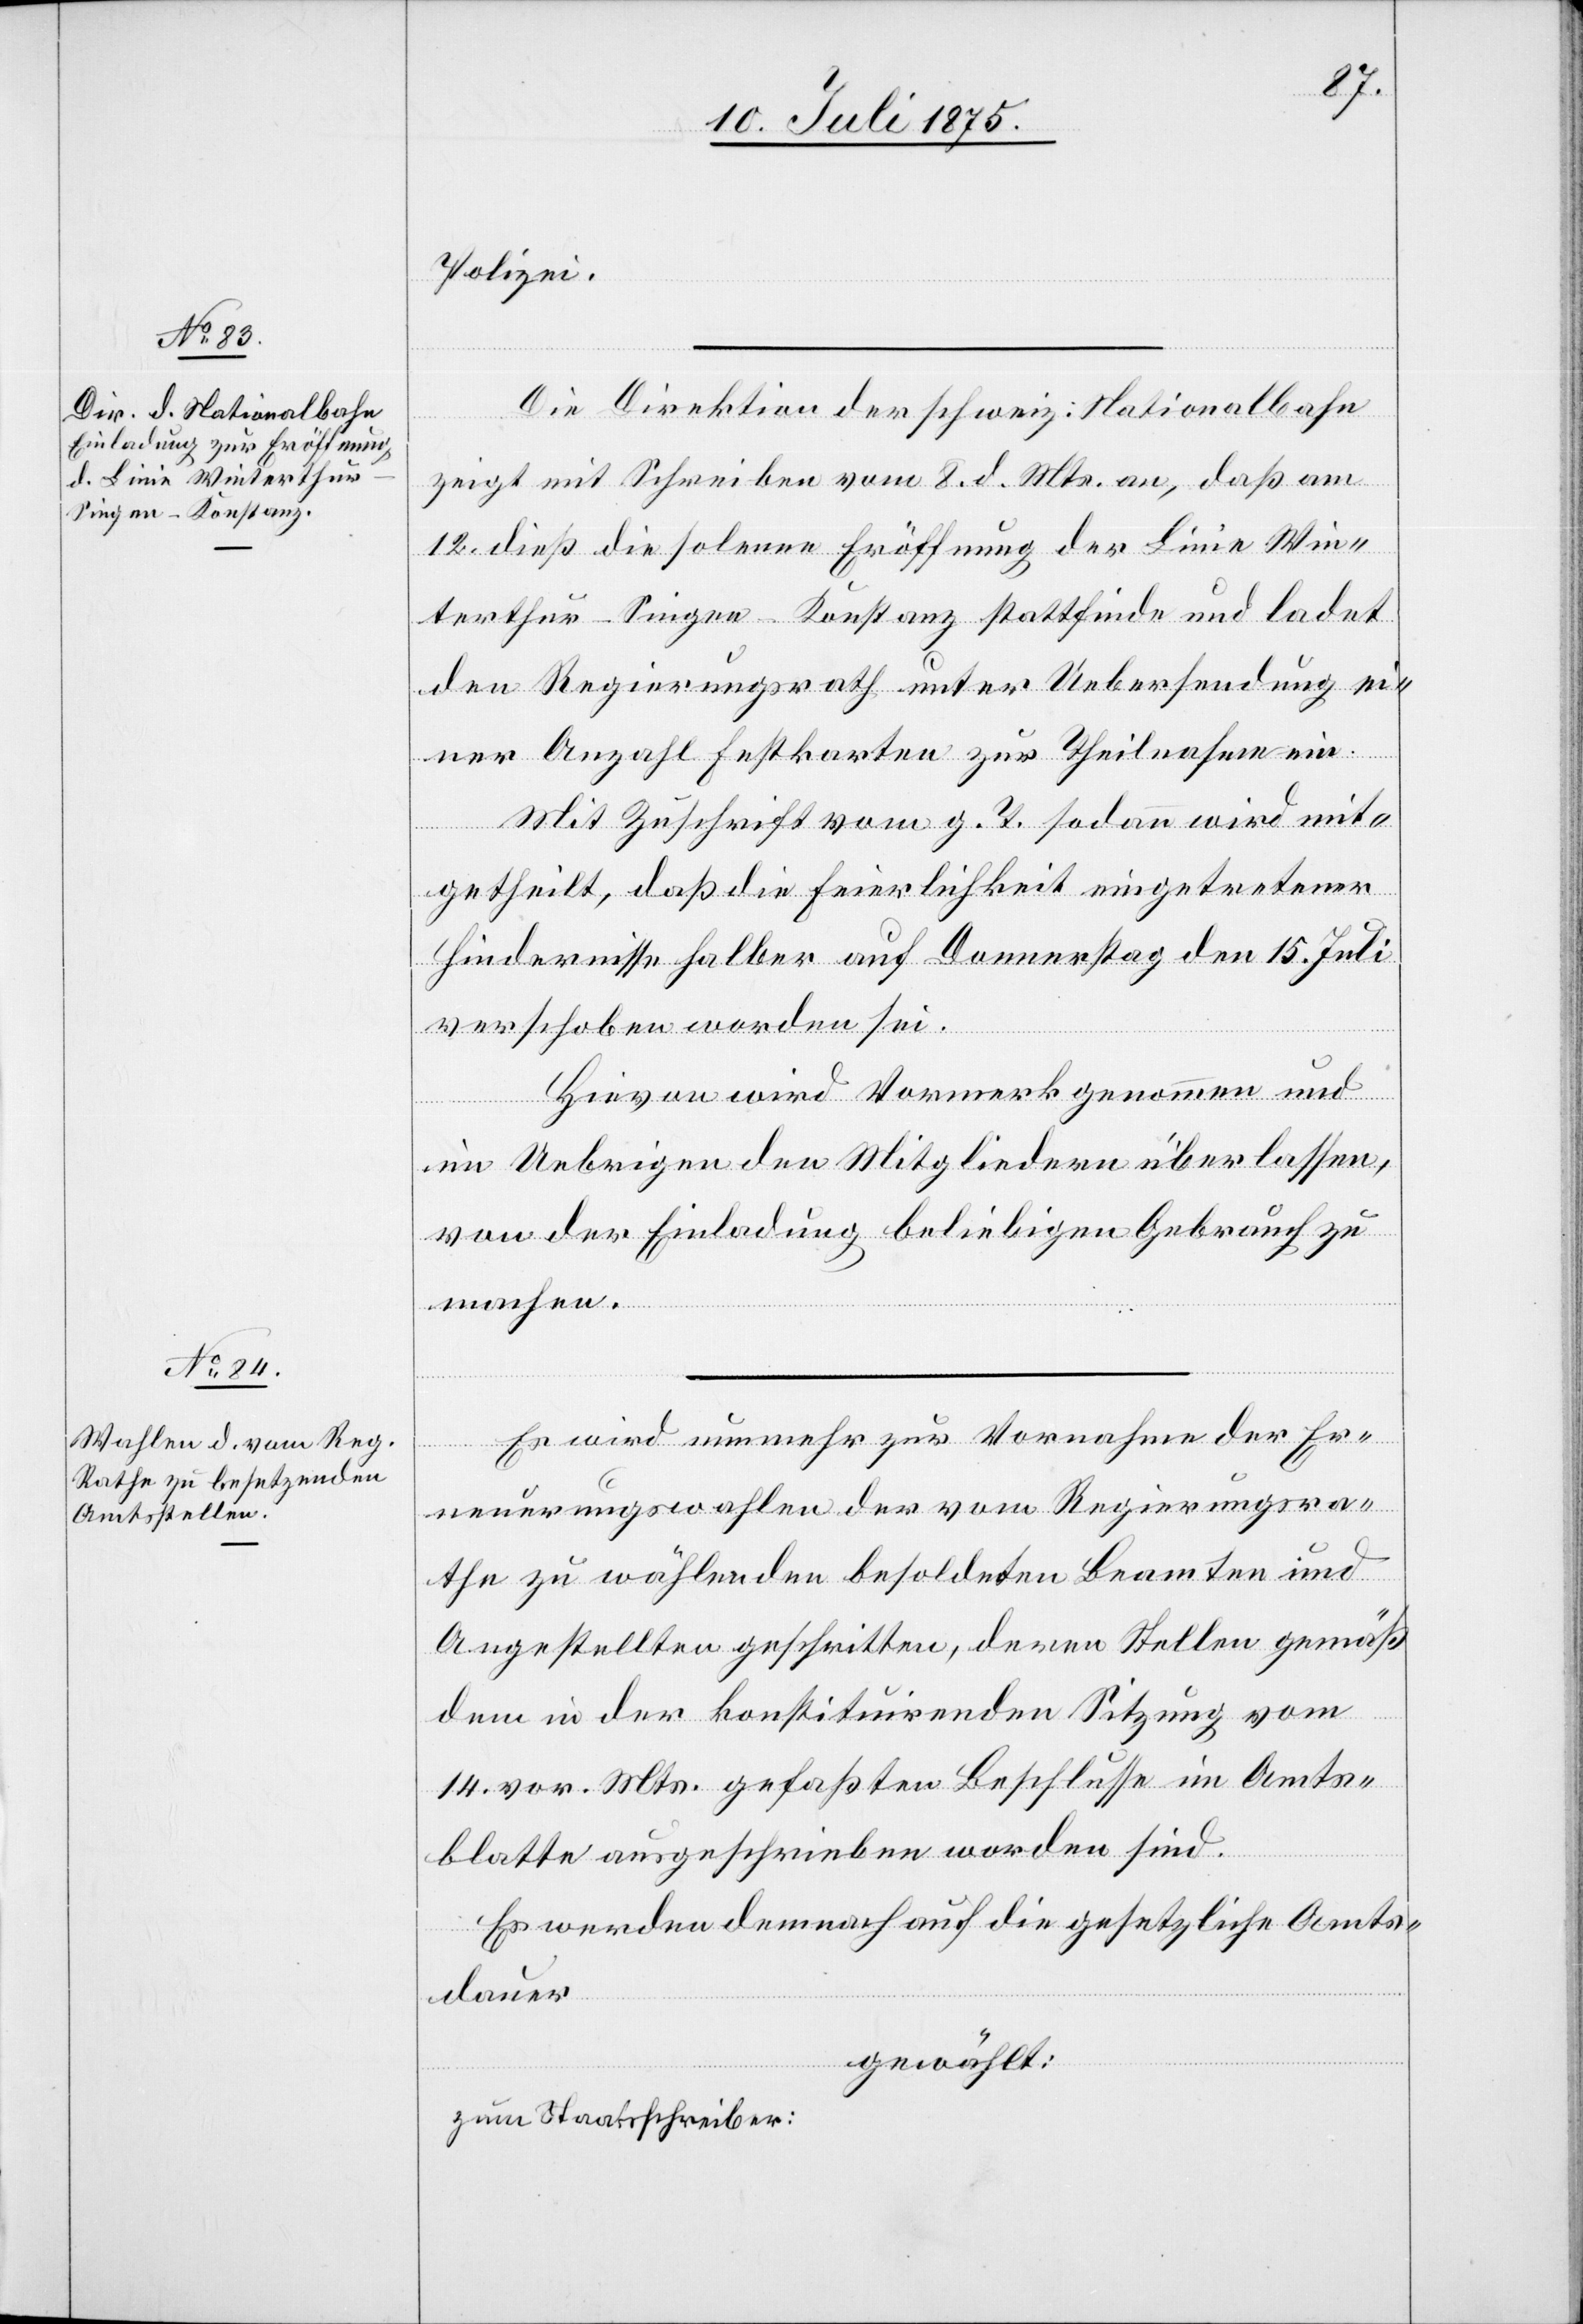
Die Direktion der schweiz. Nationalbahn
zeigt mit Schreiben vom 8. d. Mts. an, daß am
12. dieß die solenne Eröffnung der Linie Win¬
terthur–Singen–Konstanz stattfinde und ladet
den Regierungsrath unter Uebersendung ei¬
ner Anzahl Festkarten zur Theilnahme ein.
Mit Zuschrift vom g. T. sodann wird mit¬
getheilt, daß die Feierlichkeit eingetretener
Hindernisse halber auf Donnerstag den 15. Juli
verschoben worden sei.
Hievon wird Vormerk genommen und
im Uebrigen den Mitgliedern überlassen,
von der Einladung beliebigen Gebrauch zu
machen.
Es wird nunmehr zur Vornahme der Er¬
neuerungswahlen der vom Regierungsra¬
the zu wählenden besoldeten Beamten und
Angestellten geschritten, deren Stellen gemäß
dem in der konstituirenden Sitzung vom
14. vor. Mts. gefaßten Beschlusse im Amts¬
blatte ausgeschrieben worden sind.
Es werden demnach auf die gesetzliche Amts¬
dauer
gewählt:
zum Staatsschreiber: